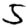
Digit: 5